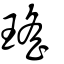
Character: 瑤